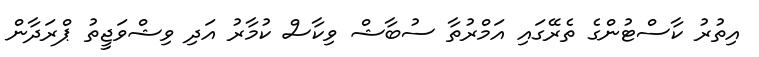
އިތުރު ކާސްޓުންގެ ތެރޭގައި އަމްރުތާ ސުބާޝް ވިކާސް ކުމާރު އަދި ވިޝްވަޖީތު ޕްރަދާން